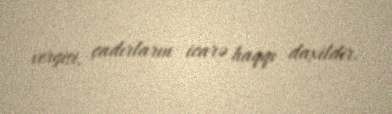
vergisi, çadırların icarə haqqı daxildir.